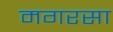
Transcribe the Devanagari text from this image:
मगरसा